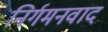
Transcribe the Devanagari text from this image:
निर्गमनवाद